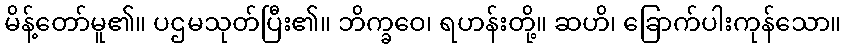
မိန့်တော်မူ၏။ ပဌမသုတ်ပြီး၏။ ဘိက္ခဝေ၊ ရဟန်းတို့။ ဆဟိ၊ ခြောက်ပါးကုန်သော။